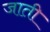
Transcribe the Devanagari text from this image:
जाती